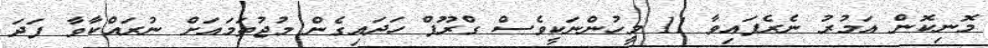
މޮނިކޮން އަމުރު ނެރެފައިވާ 11 މީހުންނަކީވެސް ގްރޫޕް ހަދައިގެން މުޖުތަމައަށް ނުރައްކާވާ ފަދަ